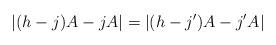
LaTeX: \begin{align*}|(h-j)A - jA |= |(h-j')A - j' A|\end{align*}